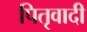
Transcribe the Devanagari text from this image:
पितृवादी